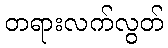
တရားလက်လွတ်